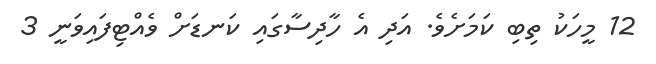
12 މީހަކު ތިބި ކަމަށެވެ. އަދި އެ ހާދިސާގައި ކަނޑަށް ވެއްޓިފައިވަނީ 3